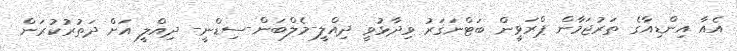
އެއާ އިންޑިއާގެ ތަރުޖަމާން ޕްރަވީން ބަޓްނަގަރު ވިދާޅުވީ ދިއްލީ-މެލްބަން-ސިޑްނީ- ދިއްލީ އަށް ދަތުރުކުރަން